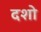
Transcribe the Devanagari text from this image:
दशो